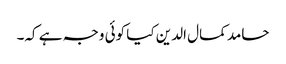
حامد کمال الدین کیا کوئی وجہ ہے کہ۔